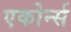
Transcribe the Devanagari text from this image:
एकोर्न्स